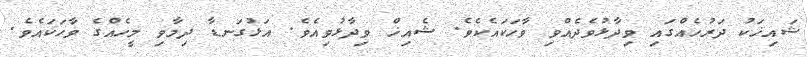
ޝައިޚަކު ދަރުހެއްގައި ވިދާޅުވެދެއްވި ވާހަކައެކެވެ. ޝެއިޚް ވިދާޅުވިއެވެ. އަޅުގަނޑާ ދިމާވި މީހެއްގެ ވާހަކައެވެ.